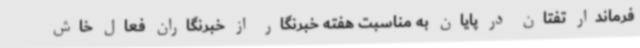
فرماندار تفتان در پایان به مناسبت هفته خبرنگار از خبرنگاران فعال خاش